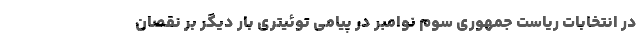
در انتخابات ریاست جمهوری سوم نوامبر در پیامی توئیتری بار دیگر بر نقصان